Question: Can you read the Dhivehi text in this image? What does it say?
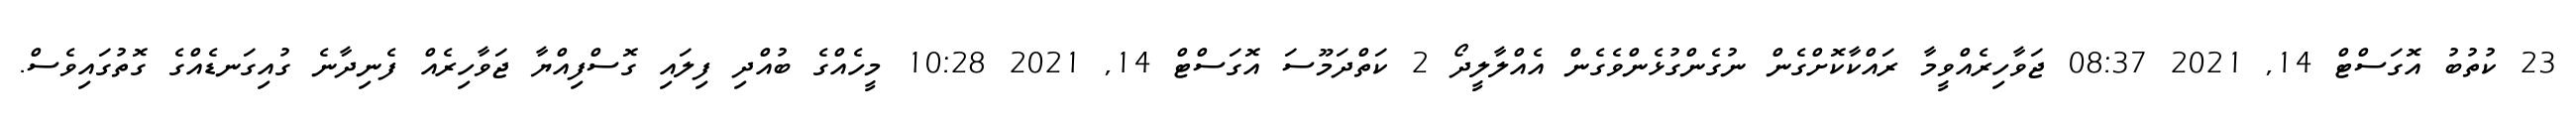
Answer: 23 ކުތުބު އޮގަސްޓް 14, 2021 08:37 ޖަވާހިރެއްވީމާ ރައްކާކޮށްގެން ނުގެންގުޅެންވެގެން އެއްލާލީދޯ 2 ކަތްދަމޫސަ އޮގަސްޓް 14, 2021 10:28 މީހެއްގެ ބުއްދި ފިލައި ގޮސްފިއްޔާ ޖަވާހިރެއް ފެނިދާނެ ގުއިގަނޑެއްގެ ގޮތުގައިވެސް.